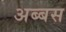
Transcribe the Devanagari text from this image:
अब्बस